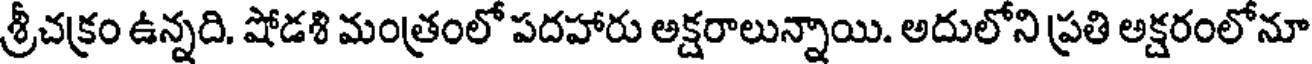
శ్రీచక్రం ఉన్నది. షోడశి మంత్రంలో పదహారు అక్షరాలున్నాయి. అదులోని ప్రతి అక్షరంలోనూ